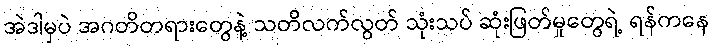
အဲဒါမှပဲ အဂတိတရားတွေနဲ့ သတိလက်လွတ် သုံးသပ် ဆုံးဖြတ်မှုတွေရဲ့ ရန်ကနေ